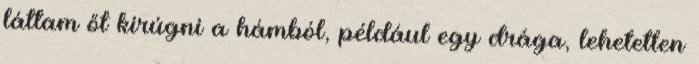
láttam őt kirúgni a hámból, például egy drága, lehetetlen